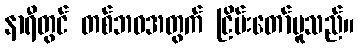
နာရီတွင် တစ်ဘဝအတွက် ငြိမ်းတော်မူသည်။